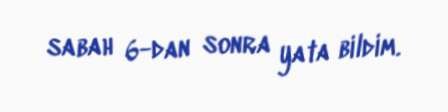
sabah 6-dan sonra yata bildim.